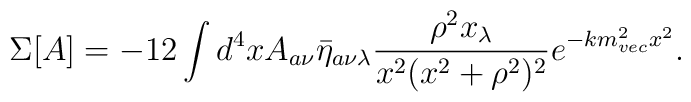
\Sigma[A]=-12\int d^4x A_{a\nu}\bar{\eta}_{a\nu\lambda}  \frac{\rho^2x_\lambda}{x^2(x^2+\rho^2)^2}e^{-km_{vec}^2x^2}.